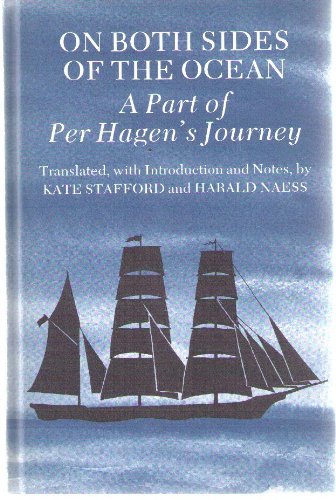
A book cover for On Both Sides of the Ocean: A Part of Per Hagen's Journey (Publications of the Norwegian-American Historical Association); Kate Stafford; Travel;